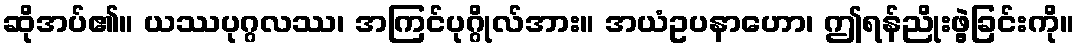
ဆိုအပ်၏။ ယဿပုဂ္ဂလဿ၊ အကြင်ပုဂ္ဂိုလ်အား။ အယံဥပနာဟော၊ ဤရန်ညိုးဖွဲ့ခြင်းကို။